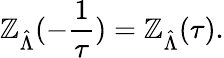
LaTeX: \mathbb{Z}_{\hat{{\Lambda}}}(-\frac{1}{\tau})=\mathbb{Z}_{\hat{{\Lambda}}}(\tau).